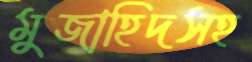
মুজাহিদসহ